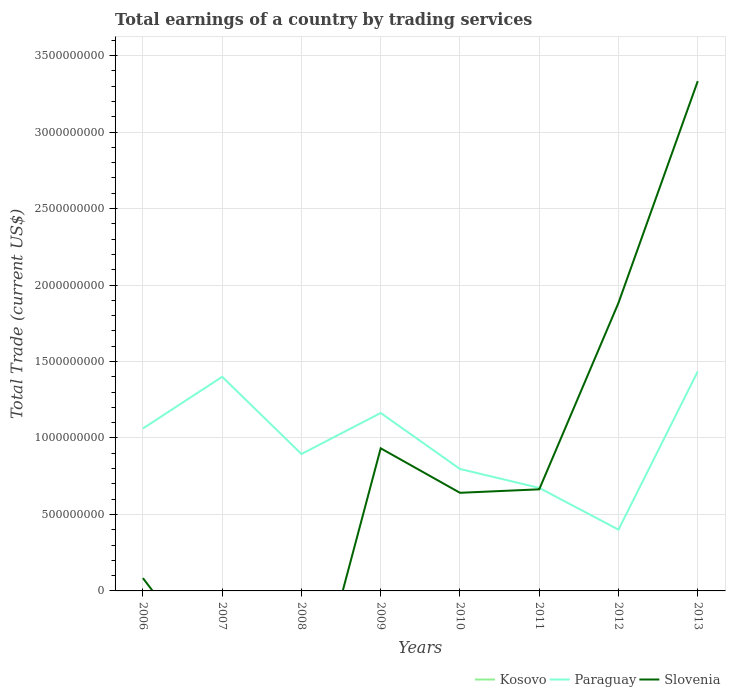
| Years | Kosovo | Paraguay | Slovenia |
 | --- | --- | --- | --- |
 | 2006 | -1.44e+09 | 1.06e+09 | 8.38e+07 |
 | 2007 | -1.79e+09 | 1.4e+09 | -5.98e+08 |
 | 2008 | -2.32e+09 | 8.95e+08 | -1.01e+09 |
 | 2009 | -2.05e+09 | 1.16e+09 | 9.32e+08 |
 | 2010 | -2.12e+09 | 7.97e+08 | 6.42e+08 |
 | 2011 | -2.49e+09 | 6.74e+08 | 6.64e+08 |
 | 2012 | -2.22e+09 | 4.01e+08 | 1.88e+09 |
 | 2013 | -2.24e+09 | 1.43e+09 | 3.33e+09 |